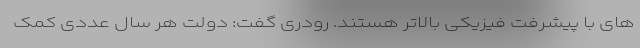
های با پیشرفت فیزیکی بالاتر هستند. رودری گفت: دولت هر سال عددی کمک